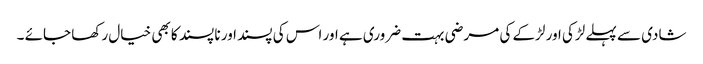
شادی سے پہلے لڑکی اور لڑکے کی مرضی بہت ضروری ہے اور اس کی پسند اور نا پسند کا بھی خیال رکھا جائے ۔